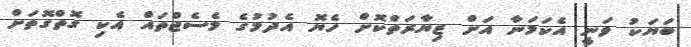
ބަޔަކު ވަނީ އެކަމަނާ އަށް ޒިޔާރަތްކޮށް ހެޔޮ އެދުމުގެ މެސެޖްތައް އެކި ގޮތްގޮތަށް